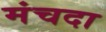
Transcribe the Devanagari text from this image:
मंचदा